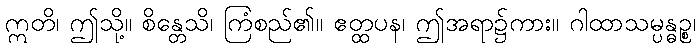
ဣတိ၊ ဤသို့။ စိန္တေသိ၊ ကြံစည်၏။ ဧတ္ထပန၊ ဤအရာ၌ကား။ ဂါထာသမ္ပန္ဓဉ္စ၊